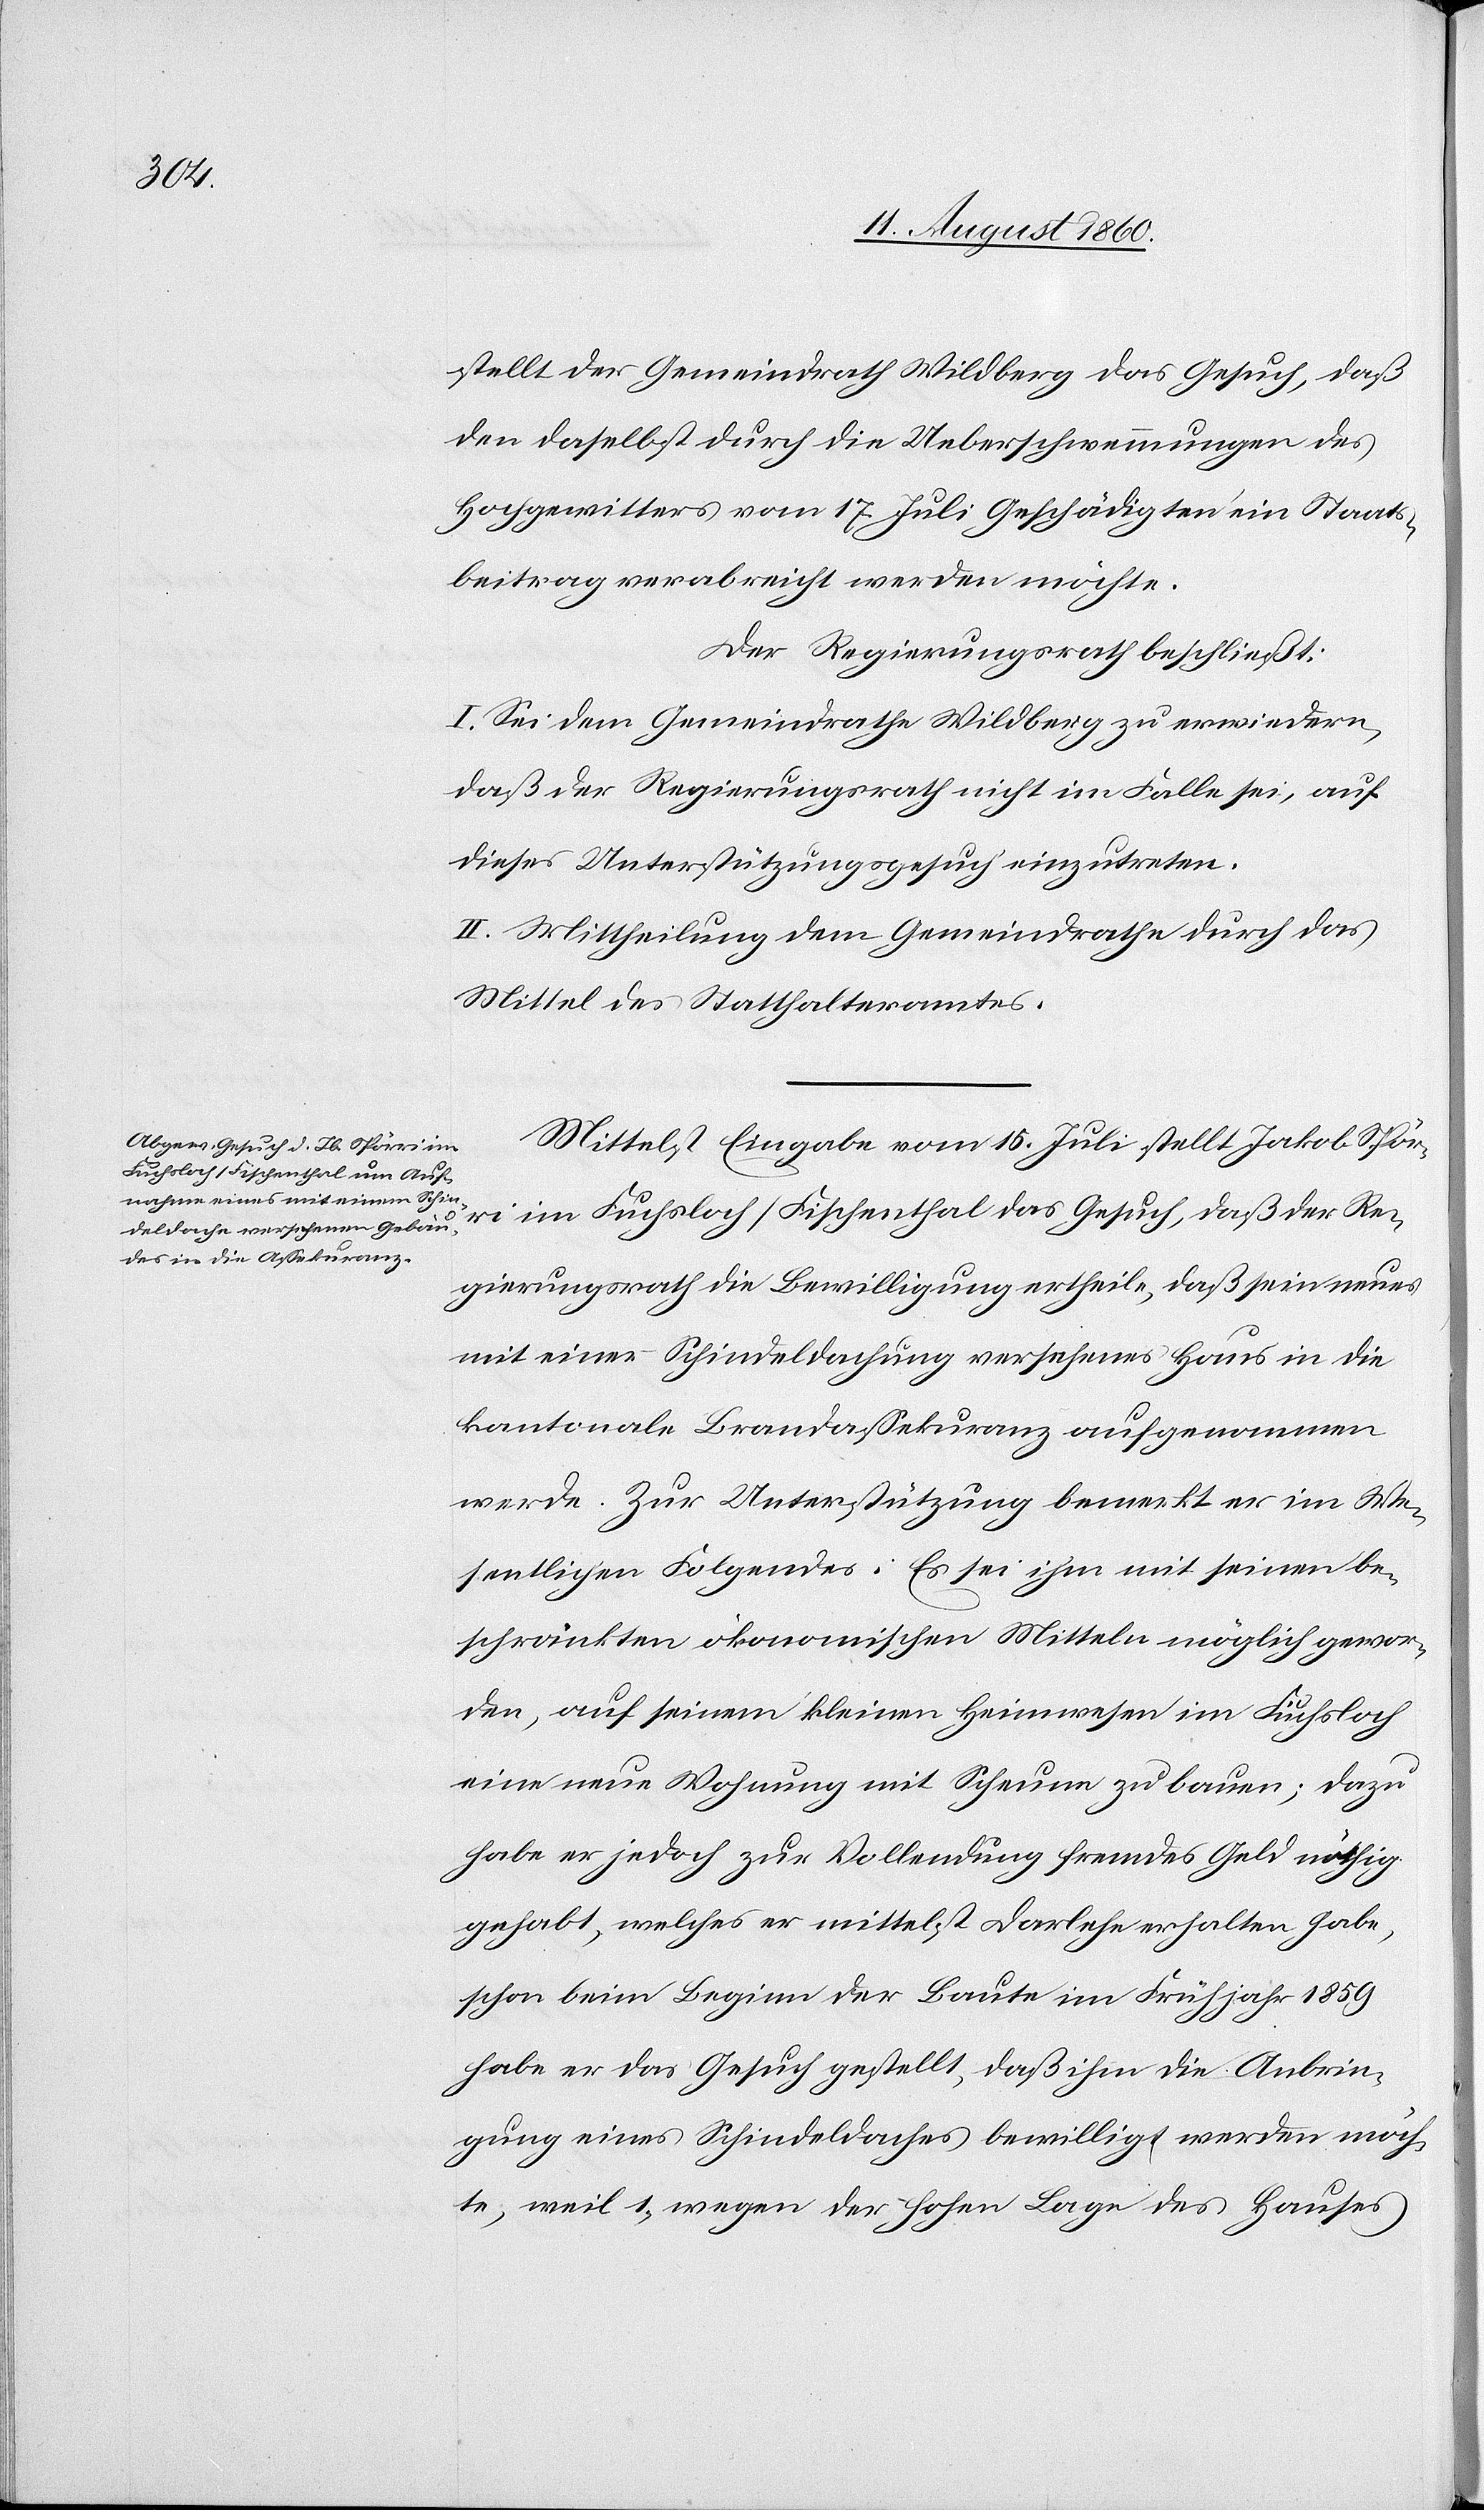
Anbrin¬

stellt der Gemeindrath Wildberg das Gesuch, dass
den daselbst durch die Ueberschwemmungen des
Hochgewitters vom 17. Juli Geschädigten ein Staats¬
beitrag verabreicht werden möchte.
Der Regierungsrath beschliesst.
I. Sei dem Gemeindrathe Wildberg zu erwiedern,
dass der Regierungsrath nicht im Falle sei, auf
dieses Unterstützungsgesuch einzutreten.
II. Mittheilung dem Gemeindrathe durch das
Mittel des Statthalteramtes.
Mittelst Eingabe vom 15. Juli stellt Jakob Spör¬
ri im Fuchsloch/Fischenthal das Gesuch, dass der Re¬
gierungsrath die Bewilligung ertheile, dass sein neues
mit einer Schindeldachung versehenes Haus in die
kantonale Brandassekuranz aufgenommen
werde. Zur Unterstützung bemerkt er im we¬
sentlichen Folgendes: Es sei ihm mit seinen be¬
schränkten oekonomischen Mitteln möglich gewor¬
den, auf seinem kleinen Heimwesen im Fuchsloch
eine neue Wohnung mit Scheune zu bauen, dazu
habe er jedoch zur Vollendung fremdes Geld nöthig
gehabt, welches er mittelst Darlehe[n] erhalten habe;
schon beim Beginn der Baute im Frühjahr 1859
gung eines Schindeldaches bewilligt werden möch¬
te, weil 1) wegen der hohen Lage des Hauses